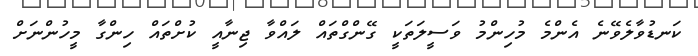
ކަނޑުވާލެވޭނެ އެންމެ މުހިންމު ވަސީލަތަކީ ގޭންގްތައް ލައްވާ ޖިނާއީ ކުށްތައް ހިންގާ މީހުންނަށް